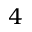
4